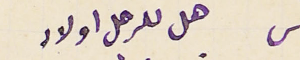
س هل للرجل اولاد